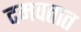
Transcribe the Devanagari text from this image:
दमवतात